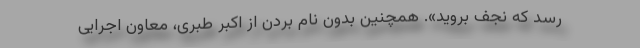
رسد که نجف بروید». همچنین بدون نام بردن از اکبر طبری، معاون اجرایی